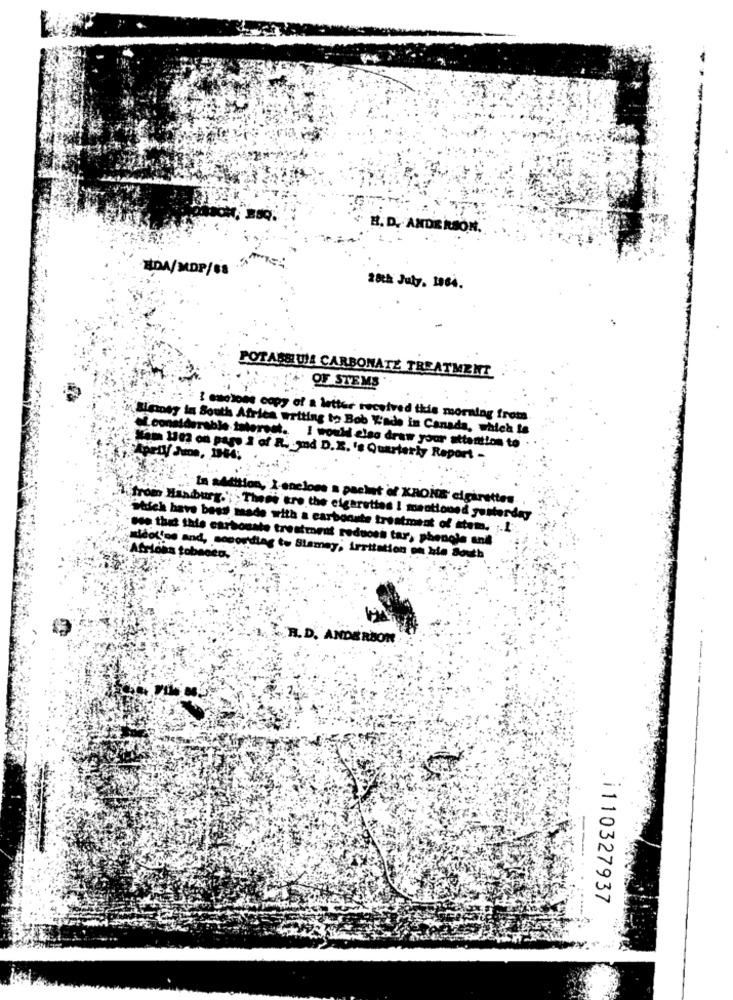
-
H. D. ANDERSON.
EDA/MDP/68
28th July. 1964.
POTAGEUNA CARBONATE TREATMENT
OF STYEMS
I seesome copy of a letter received this morning from
y Blginny in South Africa writing to Bob Wade in Canada, which Is
of considerable interest.
I would elso draw your attention to
Un on paro i of R. Jd D.K. 's Quarterly Report -
:"In addition, I-enclons a packet of KRONE cigirettes
from Hanburg.'; ; There tro the cigarettes I mentioned yesterday
Stuck have bess made with a carbonste treatment of atom. . 1:
see that this carbonate treatment reduoss tar, phenole and
Afridas tobacco.
destino and, seponding to Blamey, irritation on bin South
R. D. ANDEREO
--
i110327937